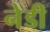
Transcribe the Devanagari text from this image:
नेडी